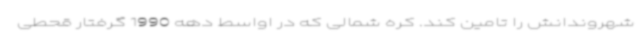
شهروندانش را تامین کند. کره شمالی که در اواسط دهه 1990 گرفتار قحطی